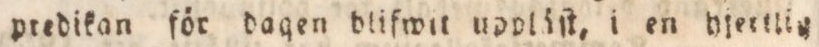
predikan för daqen dlifwit uppläſt, i en hjeillin